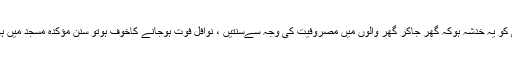
اس لیے اگر کسی کو یہ خدشہ ہوکہ گھر جاکر گھر والوں میں مصروفیت کی وجہ سےسنتیں ، نوافل فوت ہوجانے کاخوف ہوتو سنن مؤکدہ مسجد میں ہی اداکرنی چاہییں۔